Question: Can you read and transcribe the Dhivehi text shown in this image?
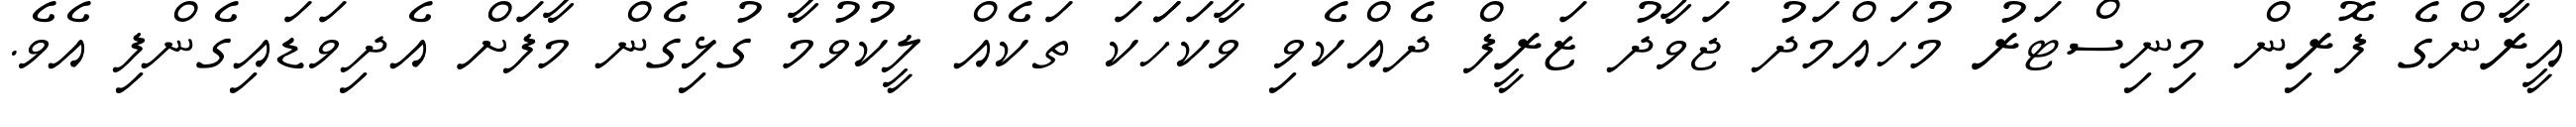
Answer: އީރާންގެ ފޮރިން މިނިސްޓަރު މުހައްމަދު ޖަވާދު ޒަރީފް ދެއްކެވި ވާކަހަަކަ ތަކެއް ލީކުވުމާ ގުޅިގެން މާފަށް އެދިވަޑައިގެންފި އެވެ.